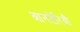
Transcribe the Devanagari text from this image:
आनटेरिऔ